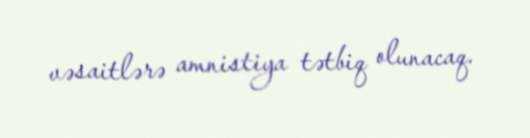
vəsaitlərə amnistiya tətbiq olunacaq.